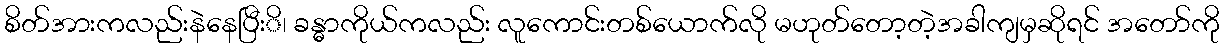
စိတ်အားကလည်းနဲနေပြီးိ၊ ခန္ဓာကိုယ်ကလည်း လူကောင်းတစ်ယောက်လို မဟုတ်တော့တဲ့အခါကျမှဆိုရင် အတော်ကို